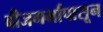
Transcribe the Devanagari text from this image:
बीजगर्भापासून